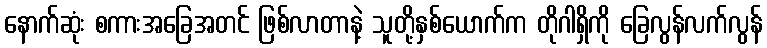
နောက်ဆုံး စကားအခြေအတင် ဖြစ်လာတာနဲ့ သူတို့နှစ်ယောက်က တိုဂါရှိကို ခြေလွန်လက်လွန်